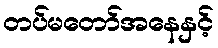
တပ်မတော်အနေနှင့်